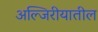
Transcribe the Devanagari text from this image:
अल्जिरीयातील